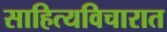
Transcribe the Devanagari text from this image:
साहित्यविचारात